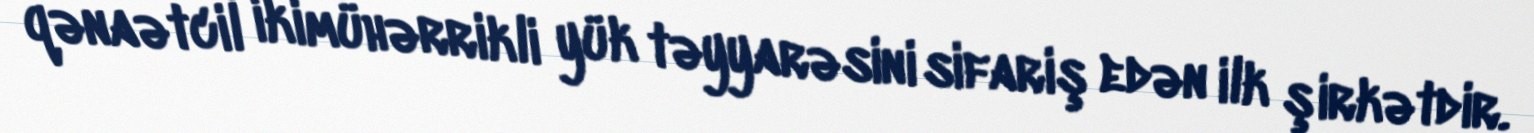
qənaətcil ikimühərrikli yük təyyarəsini sifariş edən ilk şirkətdir.